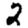
Digit: 2